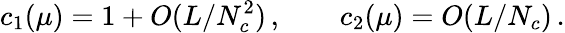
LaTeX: c_{1}(\mu)=1+O(L/N_{c}^{2})\, ,\qquad c_{2}(\mu)=O(L/N_{c})\, .